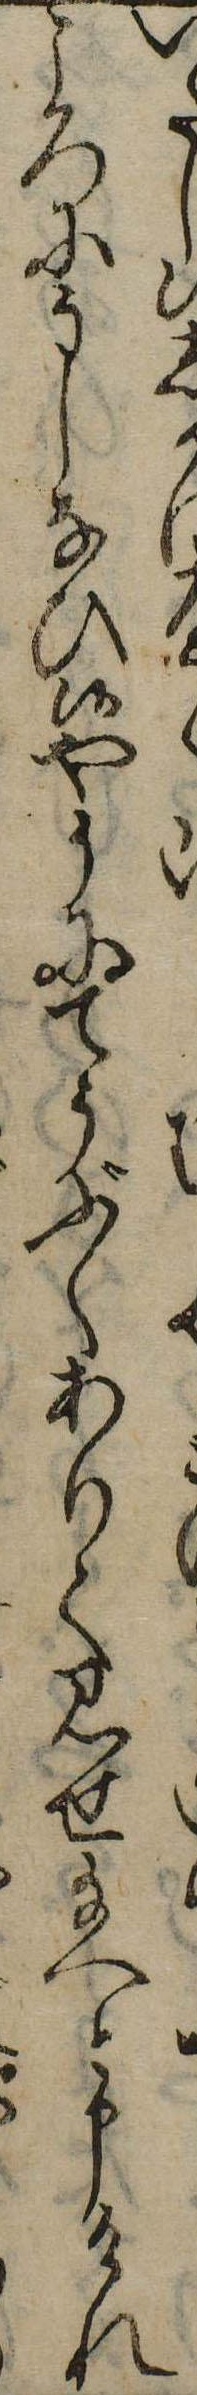
いだし候かころにうしなひ候やうにてうぶくありて見せ給へと申けれ